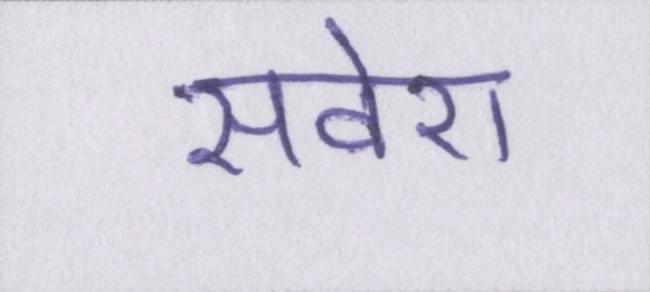
सवेरा